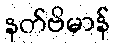
နတ်ဗိမာန်